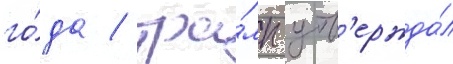
го́да / тра́мп утв'ержда́л